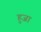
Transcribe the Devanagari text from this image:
हुजा